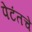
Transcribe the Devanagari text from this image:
पेटंतचे